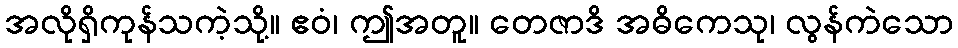
အလိုရှိကုန်သကဲ့သို့။ ဧဝံ၊ ဤအတူ။ တေဇာဒိ အဓိကေသု၊ လွန်ကဲသော